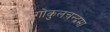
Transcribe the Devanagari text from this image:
गोकुलचन्द्रमा